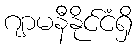
ဂျာမနီနိုင်ငံရှိ